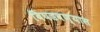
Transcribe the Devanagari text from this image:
बिघडवण्यास